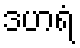
ဒဟရံ